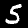
Label: 5